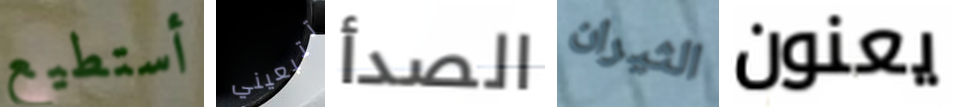
أستطيع تتبعيني الصدأ الثيران يعنون